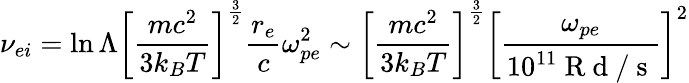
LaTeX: \nu_{ei}=\ln\Lambda\left[\frac{mc^{2}}{3k_{B}T}\right]^{\frac{3}{2}}\frac{r_{e}}{c}\omega_{pe}^{2}\sim\left[\frac{mc^{2}}{3k_{B}T}\right]^{\frac{3}{2}}\left[\frac{\omega_{pe}}{10^{11}\mathrm{~R~d~/~s~}}\right]^{2}